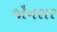
જૌનસર